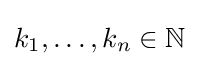
k_{1},\dotsc ,k_{n}\in \mathbb {N}